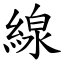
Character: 線